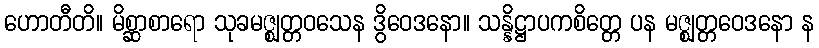
ဟောတီတိ။ မိစ္ဆာစာရော သုခမဇ္ဈတ္တဝသေန ဒွိဝေဒနော။ သန္နိဋ္ဌာပကစိတ္တေ ပန မဇ္ဈတ္တဝေဒနော န